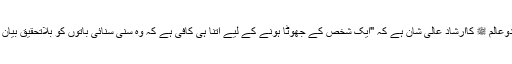
سرکارِ دوعالم ﷺ کاارشادِ عالی شان ہے کہ "ایک شخص کے جھوٹا ہونے کے لیے اتنا ہی کافی ہے کہ وہ سنی سنائی باتوں کو بلاتحقیق بیان کردے ۔